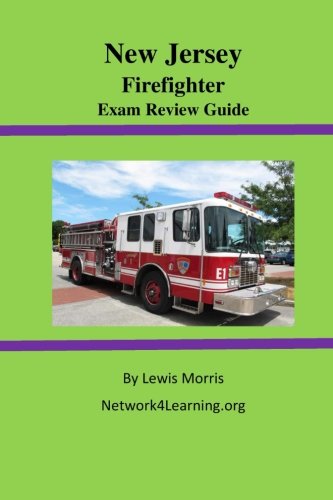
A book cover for New Jersey Firefighter Exam Review Guide; Lewis Morris; Test Preparation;